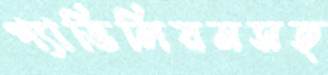
প্যাভিলিয়নসহ